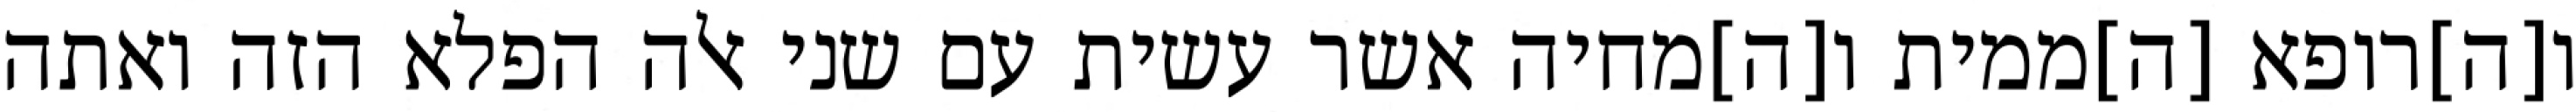
ו[ה]רופא [ה]ממית ו[ה]מחיה אשר עשית עם שני אלה הפלא הזה ואתה